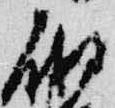
砌